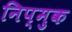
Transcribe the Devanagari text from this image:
निप्मुक